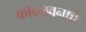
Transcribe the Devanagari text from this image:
कांदळवनांचे